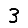
Digit: 3